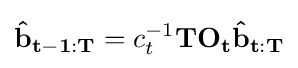
\mathbf {{\hat {b}}_{t-1:T}} =c_{t}^{-1}\mathbf {T} \mathbf {O_{t}} \mathbf {{\hat {b}}_{t:T}}